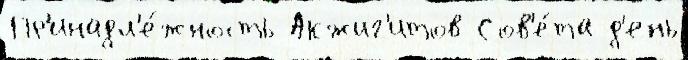
Пр'инадл'е́жность Акжиг'итов Сов'е́та д'ень